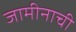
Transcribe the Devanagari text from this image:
जामीनाची